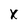
Character: X